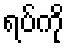
ရပ်ကို